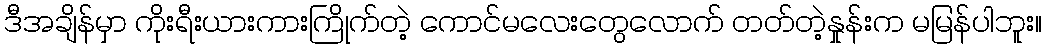
ဒီအချိန်မှာ ကိုးရီးယားကားကြိုက်တဲ့ ကောင်မလေးတွေလောက် တတ်တဲ့နှုန်းက မမြန်ပါဘူး။